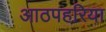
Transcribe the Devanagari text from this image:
आठपहरिया